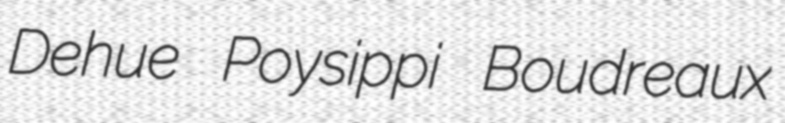
Dehue Poysippi Boudreaux